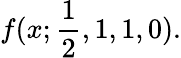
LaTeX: f(x;{\frac{1}{2}},1,1,0).